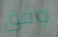
اوافق